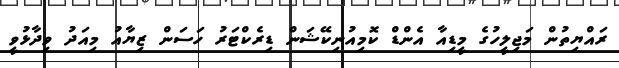
ރައްޔިތުން މަޖިލީހުގެ މީޑިއާ އެންޑް ކޮމިއުނިކޭޝަން ޑިރެކްޓަރު ހަސަން ޒިޔާއު މިއަދު ވިދާޅުވީ